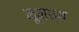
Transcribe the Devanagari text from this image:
मूमध्य